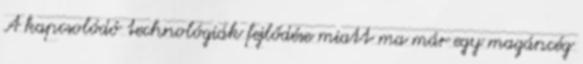
A kapcsolódó technológiák fejlődése miatt ma már egy magáncég